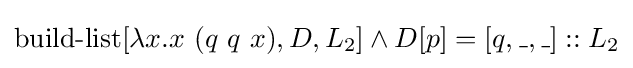
\operatorname {build-list} [\lambda x.x\ (q\ q\ x),D,L_{2}]\land D[p]=[q,\_,\_]::L_{2}